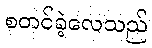
စတင်ခဲ့လေသည်